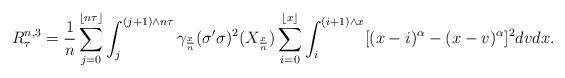
LaTeX: \begin{align*} R^{n,3}_\tau = \frac 1n \sum_{j=0}^{ \lfloor n\tau \rfloor} \int_{j} ^{(j+1) \wedge n\tau} \gamma_{\frac xn}(\sigma'\sigma)^2(X_{\frac xn}) \sum_{i=0}^{ \lfloor x \rfloor} \int_{i} ^{(i+1) \wedge x} [ (x-i)^\alpha - (x-v)^\alpha]^2 dvdx.\end{align*}